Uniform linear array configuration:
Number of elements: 12
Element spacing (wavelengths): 0.5
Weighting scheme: hann
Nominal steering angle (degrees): -30
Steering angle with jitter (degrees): -31.685
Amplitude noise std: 0.05
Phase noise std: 0.05

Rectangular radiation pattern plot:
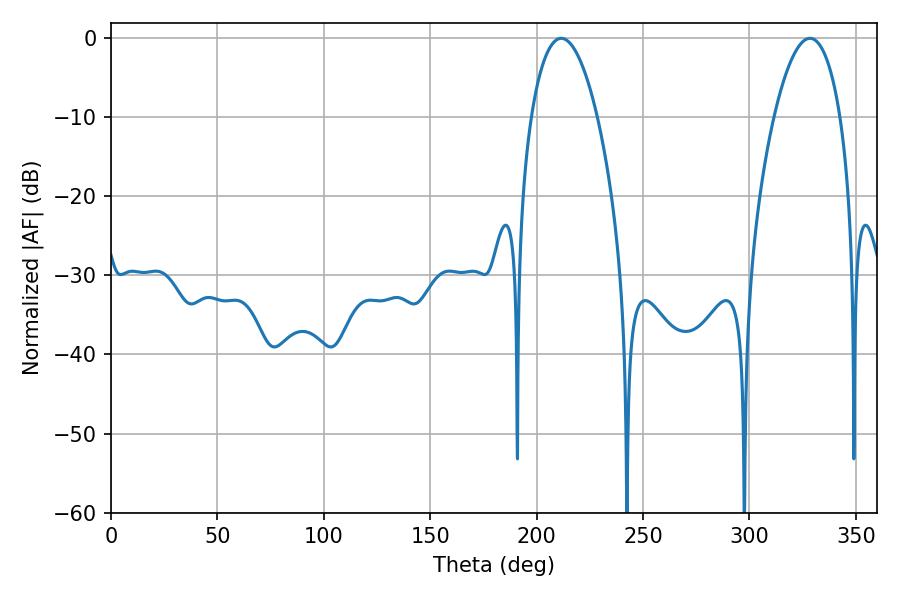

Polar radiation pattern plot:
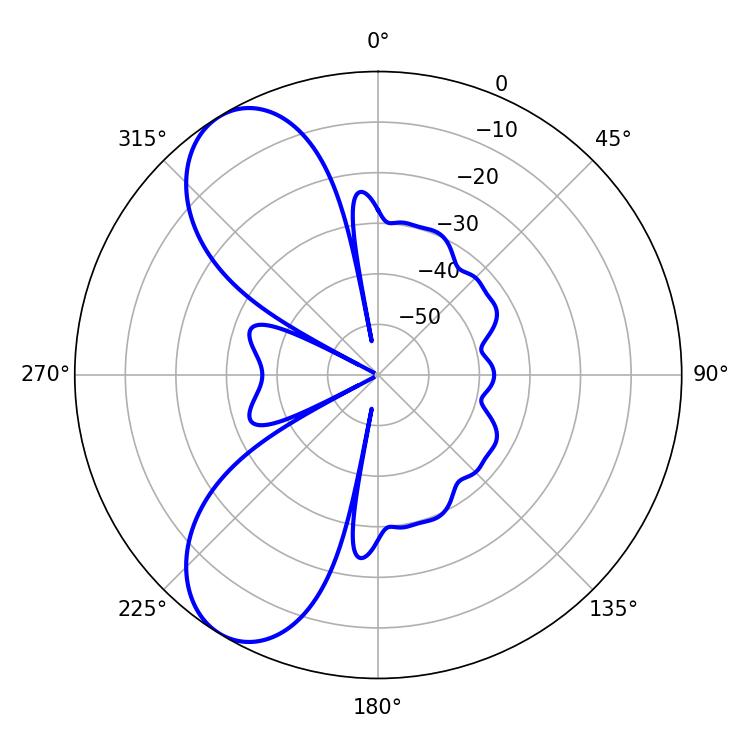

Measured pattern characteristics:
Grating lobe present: FALSE
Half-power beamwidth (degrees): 17.28
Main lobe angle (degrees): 211.5